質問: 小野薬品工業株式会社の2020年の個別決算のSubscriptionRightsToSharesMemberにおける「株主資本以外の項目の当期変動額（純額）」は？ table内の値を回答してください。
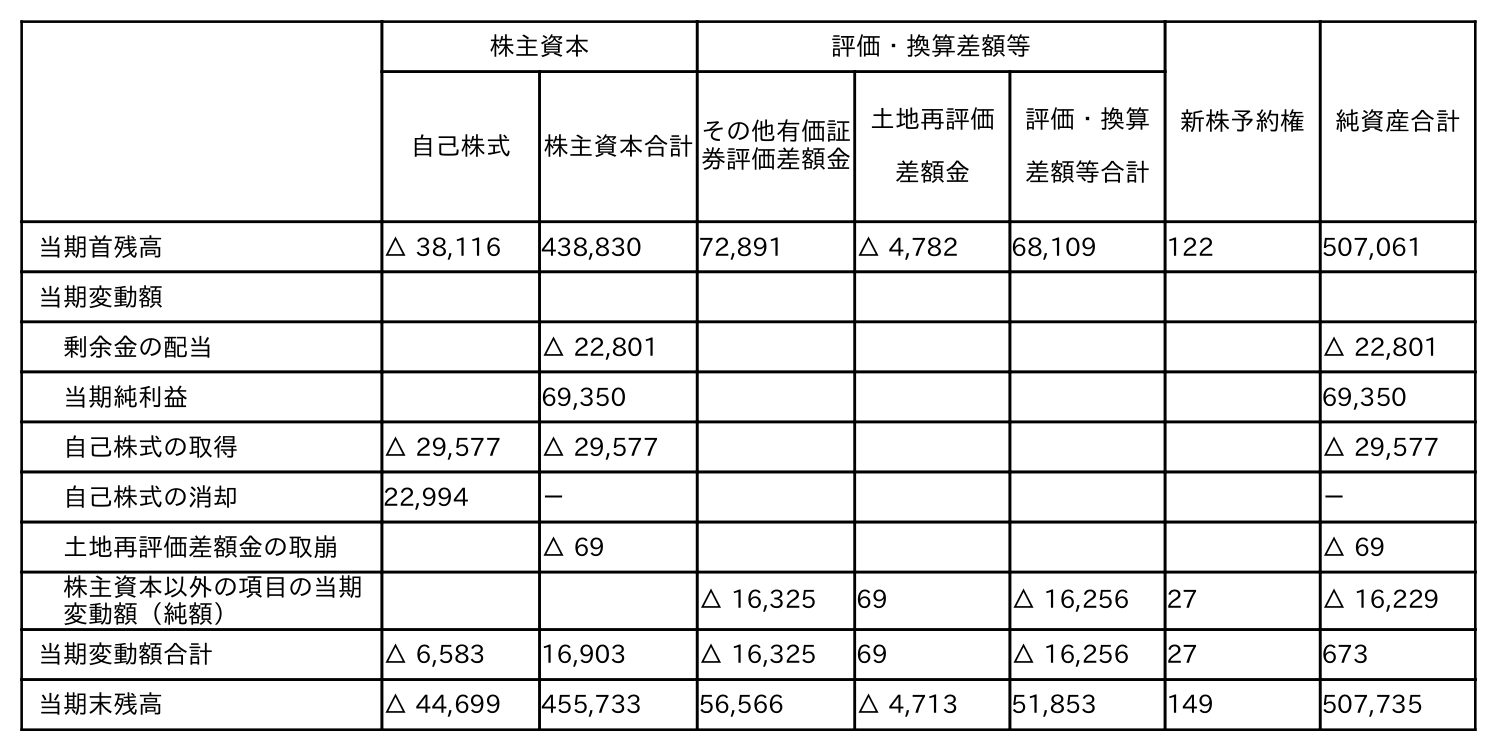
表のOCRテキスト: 株主資本 評価・換算差額等 新株予約権 純資産合計 自己株式 株主資本合計その他有価証 券評価差額金 土地再評価 差額金 評価・換算 差額等合計 当期首残高 △ 38,116 438,830 72,891 △ 4,782 68,109 122 507,061 当期変動額 剰余金の配当 △ 22,801 △ 22,801 当期純利益 69,350 69,350 自己株式の取得 △ 29,577 △ 29,577 △ 29,577 自己株式の消却 22,994 － － 土地再評価差額金の取崩 △ 69 △ 69 株主資本以外の項目の当期 変動額（純額） △ 16,325 69 △ 16,256 27 △ 16,229 当期変動額合計 △ 6,583 16,903 △ 16,325 69 △ 16,256 27 673 当期末残高 △ 44,699 455,733 56,566 △ 4,713 51,853 149 507,735
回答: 27